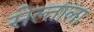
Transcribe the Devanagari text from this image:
सेल्ताला